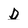
Character: D